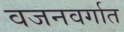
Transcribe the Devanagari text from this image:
वजनवर्गात